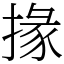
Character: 掾